画像に写った文字を読んでください
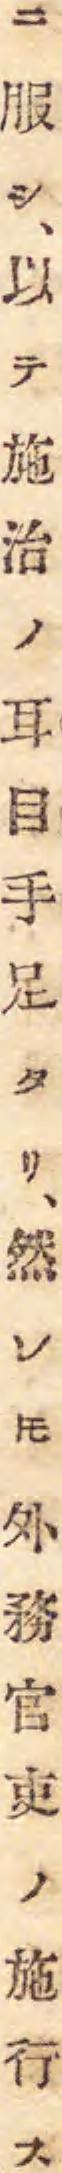
「ニ服シ、以テ施治ノ耳目手足タリ、然レ𪜈外務官吏ノ施行ス」と書いてあります